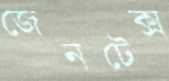
জেনটেক্স